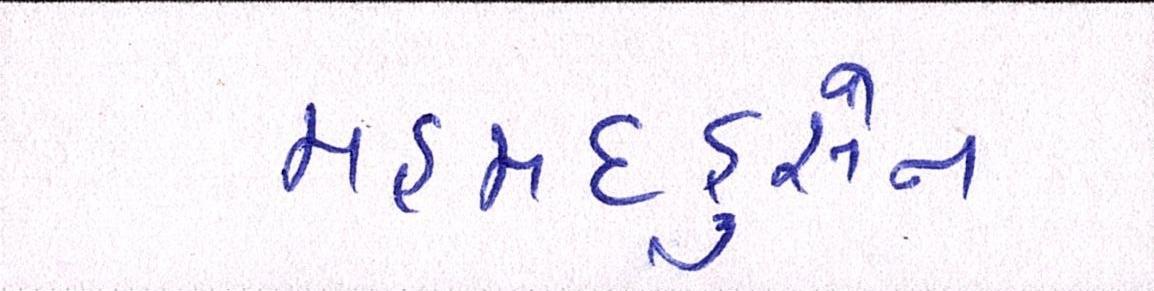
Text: મહમદહુસેન